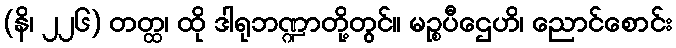
(နိ၊ ၂၂၆) တတ္ထ၊ ထို ဒါရုဘဏ္ဍာတို့တွင်။ မဉ္စပီဌေဟိ၊ ညောင်စောင်း